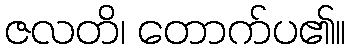
ဇလတိ၊ တောက်ပ၏။